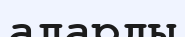
аларды